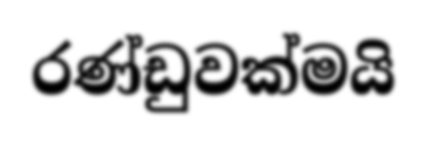
රණ්ඩුවක්මයි